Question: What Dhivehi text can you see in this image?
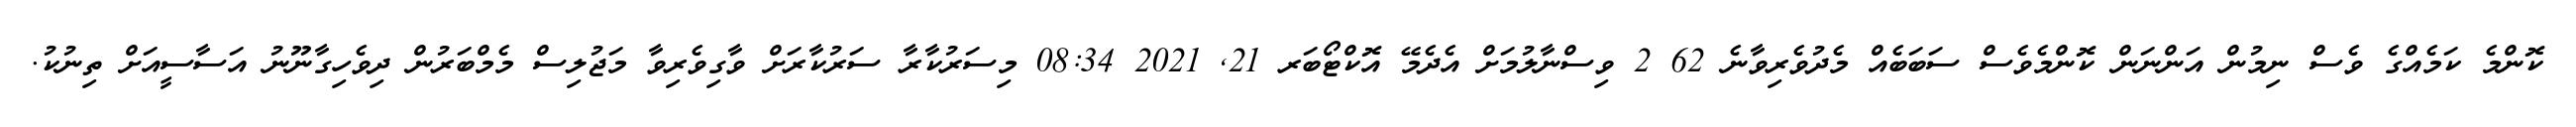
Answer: ކޮންމެ ކަމެއްގެ ވެސް ނިމުން އަންނަން ކޮންމެވެސް ސަބަބެއް މެދުވެރިވާނެ 62 2 ވިސްނާލުމަށް އެދެމޭ އޮކްޓޯބަރ 21, 2021 08:34 މިސަރުކާރާ ސަރުކާރަށް ވާގިވެރިވާ މަޖުލިސް މެމްބަރުން ދިވެހިގާނޫނު އަސާސީއަށް ތިނުކު.